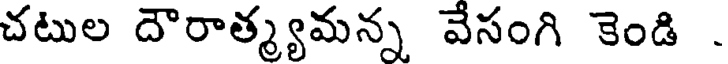
చటుల దౌరాత్మ్యమన్న వేసంగి కెండి .